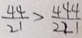
\frac { 4 4 } { 2 1 } > \frac { 4 4 4 } { 2 2 1 }